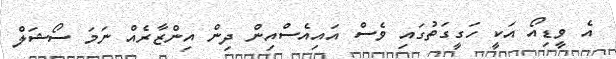
އެ ވީޑިއޯ އަކީ ހަގީގަތުގައި ވެސް އައިއެސްއިން ދިން އިންޒާރެއް ނަމަ ސޯޝަލް